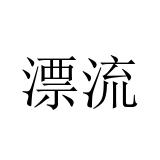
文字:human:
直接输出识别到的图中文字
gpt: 漂流